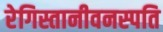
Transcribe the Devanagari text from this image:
रेगिस्तानीवनस्‍पति